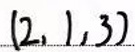
$(2,1,3)$